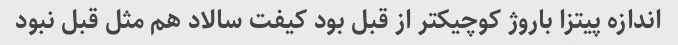
اندازه پیتزا باروژ کوچیکتر از قبل بود کیفت سالاد هم مثل قبل نبود